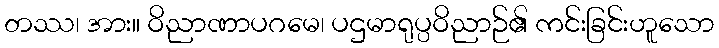
တဿ၊ အား။ ဝိညာဏာပဂမေ၊ ပဌမာရုပ္ပဝိညာဉ်၏ ကင်းခြင်းဟူသော